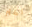
أكثر